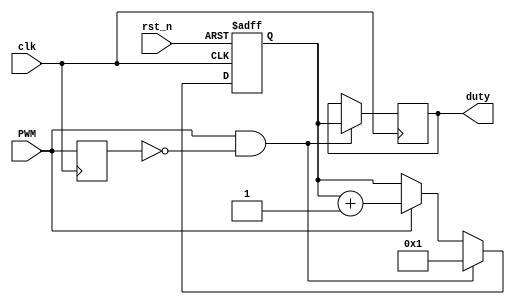
module duty_meas8(clk,rst_n,PWM,duty);

input clk,rst_n;
input PWM;
output reg [7:0] duty;

reg PWM_ff;
reg [7:0] duty_cnt;

wire start;

always @(posedge clk, negedge rst_n)
  if (!rst_n)
    duty_cnt <= 8'h00;
  else if (start)
    duty_cnt <= 8'h01;
  else if (PWM)
    duty_cnt <= duty_cnt + 1;

always @(posedge clk)
  if (start)
    duty <= duty_cnt;
	
always @(posedge clk)
  PWM_ff <= PWM;
  
assign start = PWM & ~PWM_ff;

endmodule